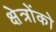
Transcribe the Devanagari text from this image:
क्षेत्रोंको